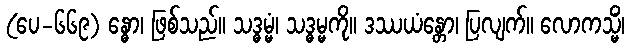
(ပေ-၆၆၉) န္ဓော၊ ဖြစ်သည်။ သဒ္ဓမ္မံ၊ သဒ္ဓမ္မကို။ ဒဿယံန္တော၊ ပြလျက်။ လောကသ္မိံ၊